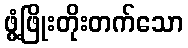
ဖွံ့ဖြိုးတိုးတက်သော